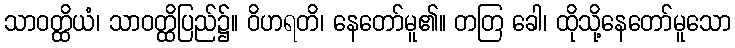
သာဝတ္ထိယံ၊ သာဝတ္ထိပြည်၌။ ဝိဟရတိ၊ နေတော်မူ၏။ တတြ ခေါ၊ ထိုသို့နေတော်မူသော